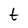
Character: t